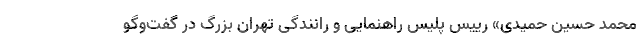
محمد حسین حمیدی» رییس پلیس راهنمایی و رانندگی تهران بزرگ در گفت‌وگو